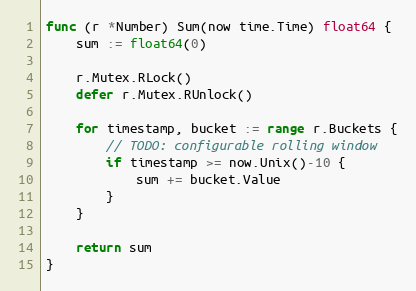
Language: Go
func (r *Number) Sum(now time.Time) float64 {
	sum := float64(0)

	r.Mutex.RLock()
	defer r.Mutex.RUnlock()

	for timestamp, bucket := range r.Buckets {
		// TODO: configurable rolling window
		if timestamp >= now.Unix()-10 {
			sum += bucket.Value
		}
	}

	return sum
}